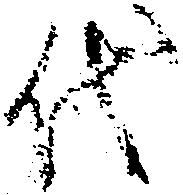
代